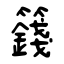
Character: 籛